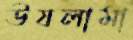
উযলামা